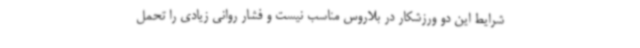
شرایط این دو ورزشکار در بلاروس مناسب نیست و فشار روانی زیادی را تحمل